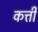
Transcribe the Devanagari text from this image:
कत्ती